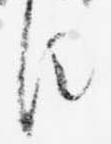
臣